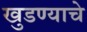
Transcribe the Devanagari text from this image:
खुडण्याचे